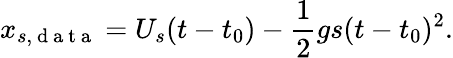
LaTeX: x_{s,\mathrm{~d~a~t~a~}}=U_{s}(t-t_{0})-\frac{1}{2}gs(t-t_{0})^{2}.